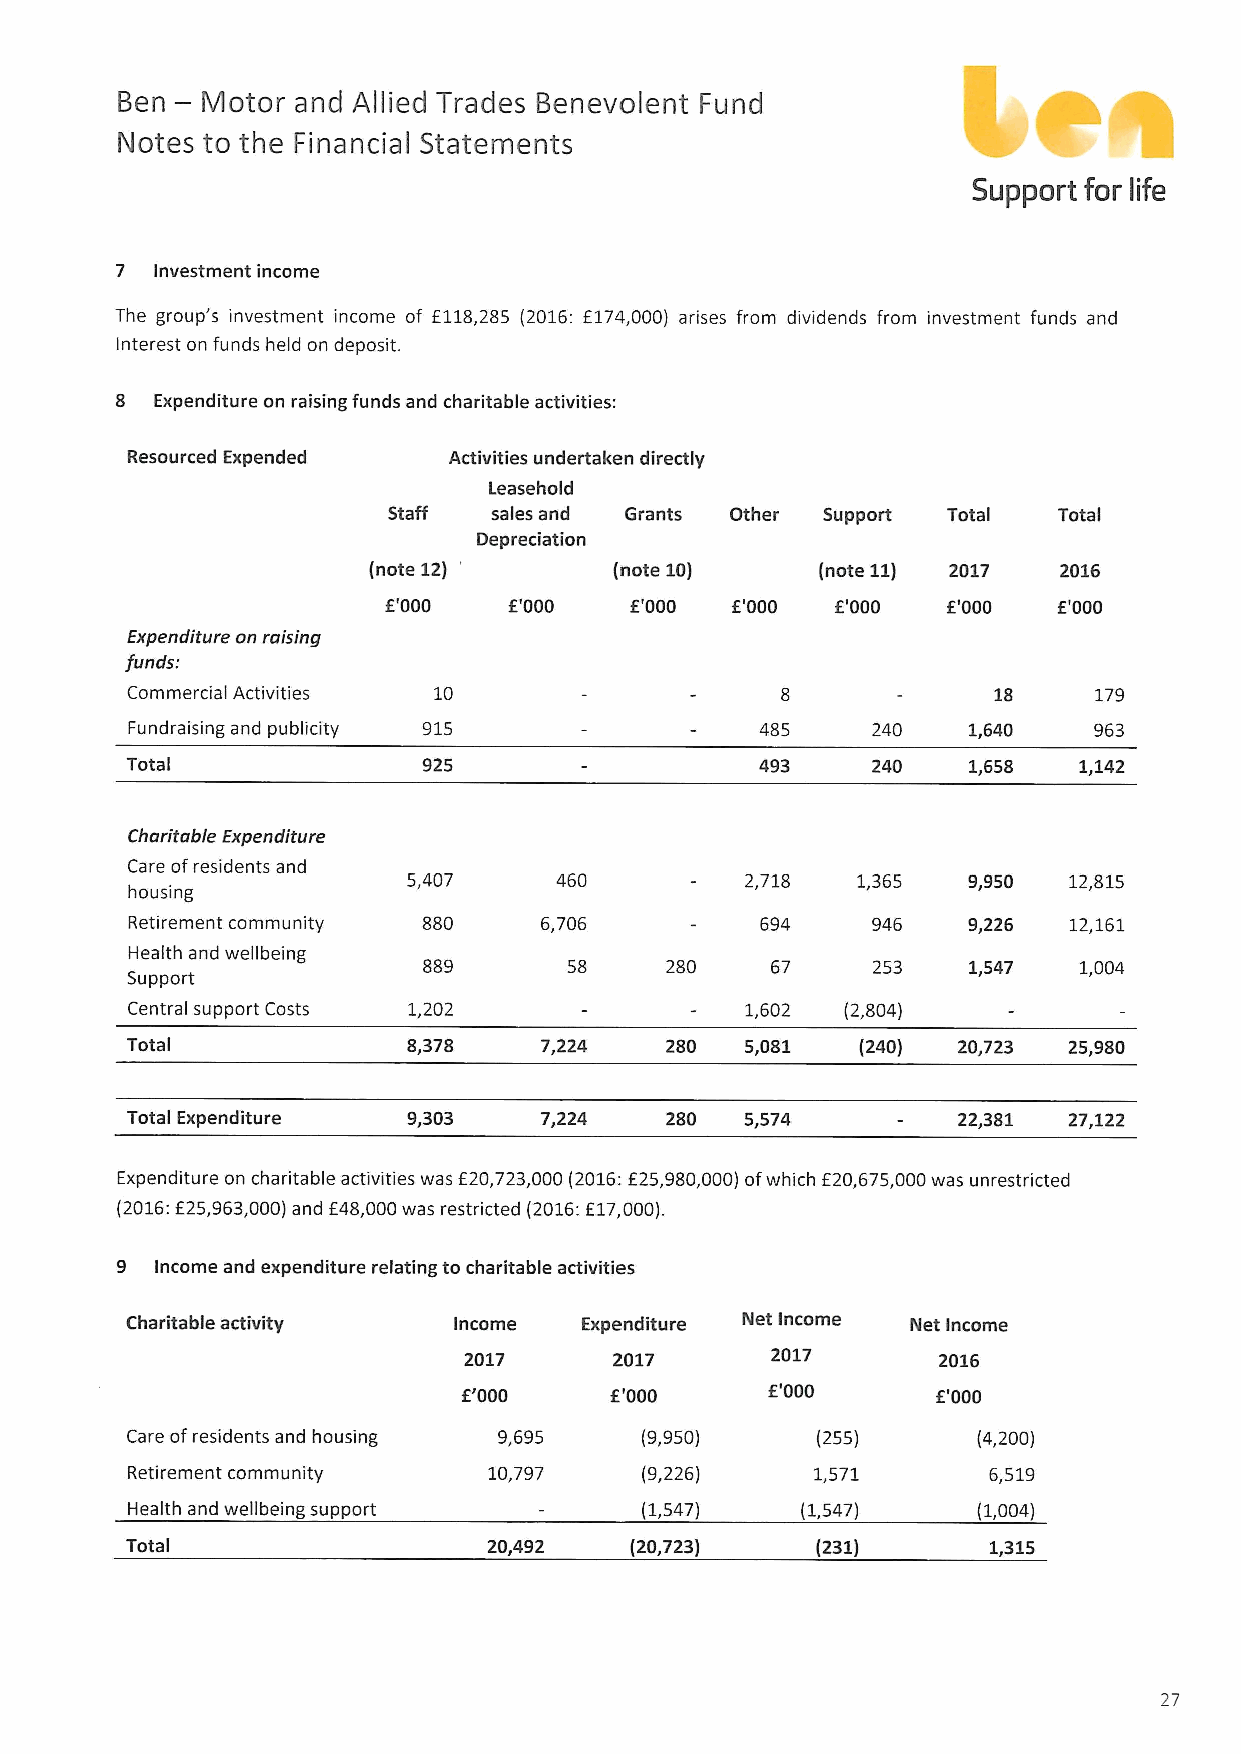
—
 Ben  Motor and Allied Trades Benevolent Fund
 Notes to the Financial Statements
 Support for life
 7 Investment income
 The group's investment income of f118,285 (2016: f174,000) arises from dividends from investment funds and
 Interest on funds held on deposit.
 8 Expenditure on raising funds and charitable activities:
 Resourced Expended    Activities undertaken directly
 Leasehold
 Staff  sales and Grants Other Support Total Total
 Depreciation
 (note 12)        (note 10)    (note 11) 2017  2016
 f'000    f'000   f'000 f'000  f'000   f'000  f'000
 Expenditure on raising
 funds:
 Commercial Activities 10                                        179
 Fundraising and publicity 915             485     240   1,640   963
 Total               925                   493     240   1,658  1,142
 Charitable Expenditure
 Care ofresidents and
 5,407     460         2,718   1,365  9,950  12,815
 housing
 Retirement community 880   6,706         694     946   9,226  12,161
 Health and wellbeing
 889       58    280    67     253   1,547  1,004
 Support
 Central support Costs 1,202              1,602  (2,804)
 Total              8,378    7,224   280  5,081   (240) 20,723  25,980
 Total Expenditure  9,303    7,224   280  5,574         22,381  27,122
 Expenditure on charitable activities was f 20,723,000(2016:f 25,980,OQO) ofwhich f 20,675,000was unrestricted
 (2016:f25,963,000)and f48,000was restricted (2016:f17,000).
 9 Income and expenditure relating to charitable activities
 Charitable activity   Income  Expenditure Net Income Net Income
 2017      2017      2017       2016
 f'000    f'000      f'000      f'000
 Care ofresidents and housing 9,695 (9,950)    (255)      (4,200)
 Retirement community    10,797    (9,226)     1,571      6,519
 Health and wellbeing support      (1,547)    (1,547)     (1,004)
 Total                   20,492    (20,723)    (231)      1,315
 27